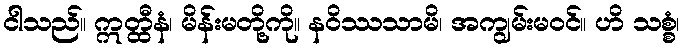
ငါသည်။ ဣတ္ထီနံ၊ မိန်းမတို့ကို။ နဝိဿသာမိ၊ အကျွမ်းမဝင်။ ဟိ သစ္စံ၊